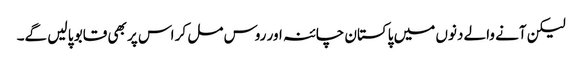
لیکن آنے والے دنوں میں پاکستان چائنہ اور روس مل کر اس پر بھی قابو پا لیں گے۔